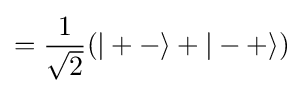
={\frac {1}{\sqrt {2}}}(|+-\rangle +|-+\rangle )